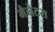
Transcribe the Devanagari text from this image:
मैनेटस